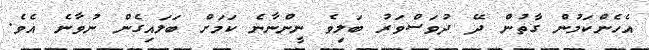
އެހެންކަމުން ގާތުން ދޭ ދުވަސްވަރު ބަލިވެ ނީންނާނެ ކަމަށް ބަލައިގެން ނުވާނެ އެވެ.